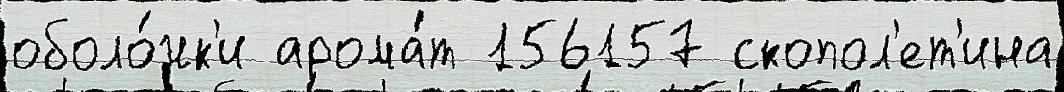
оболо́чк'и арома́т 156157 скопол'ет'ина